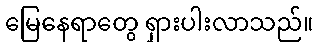
မြေနေရာတွေ ရှားပါးလာသည်။